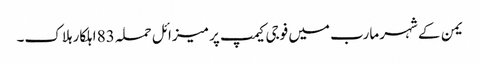
یمن کے شہر مارب میں فوجی کیمپ پر میزائل حملہ 83 اہلکار ہلاک۔